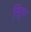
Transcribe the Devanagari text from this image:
निरुप